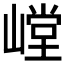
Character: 𰎳